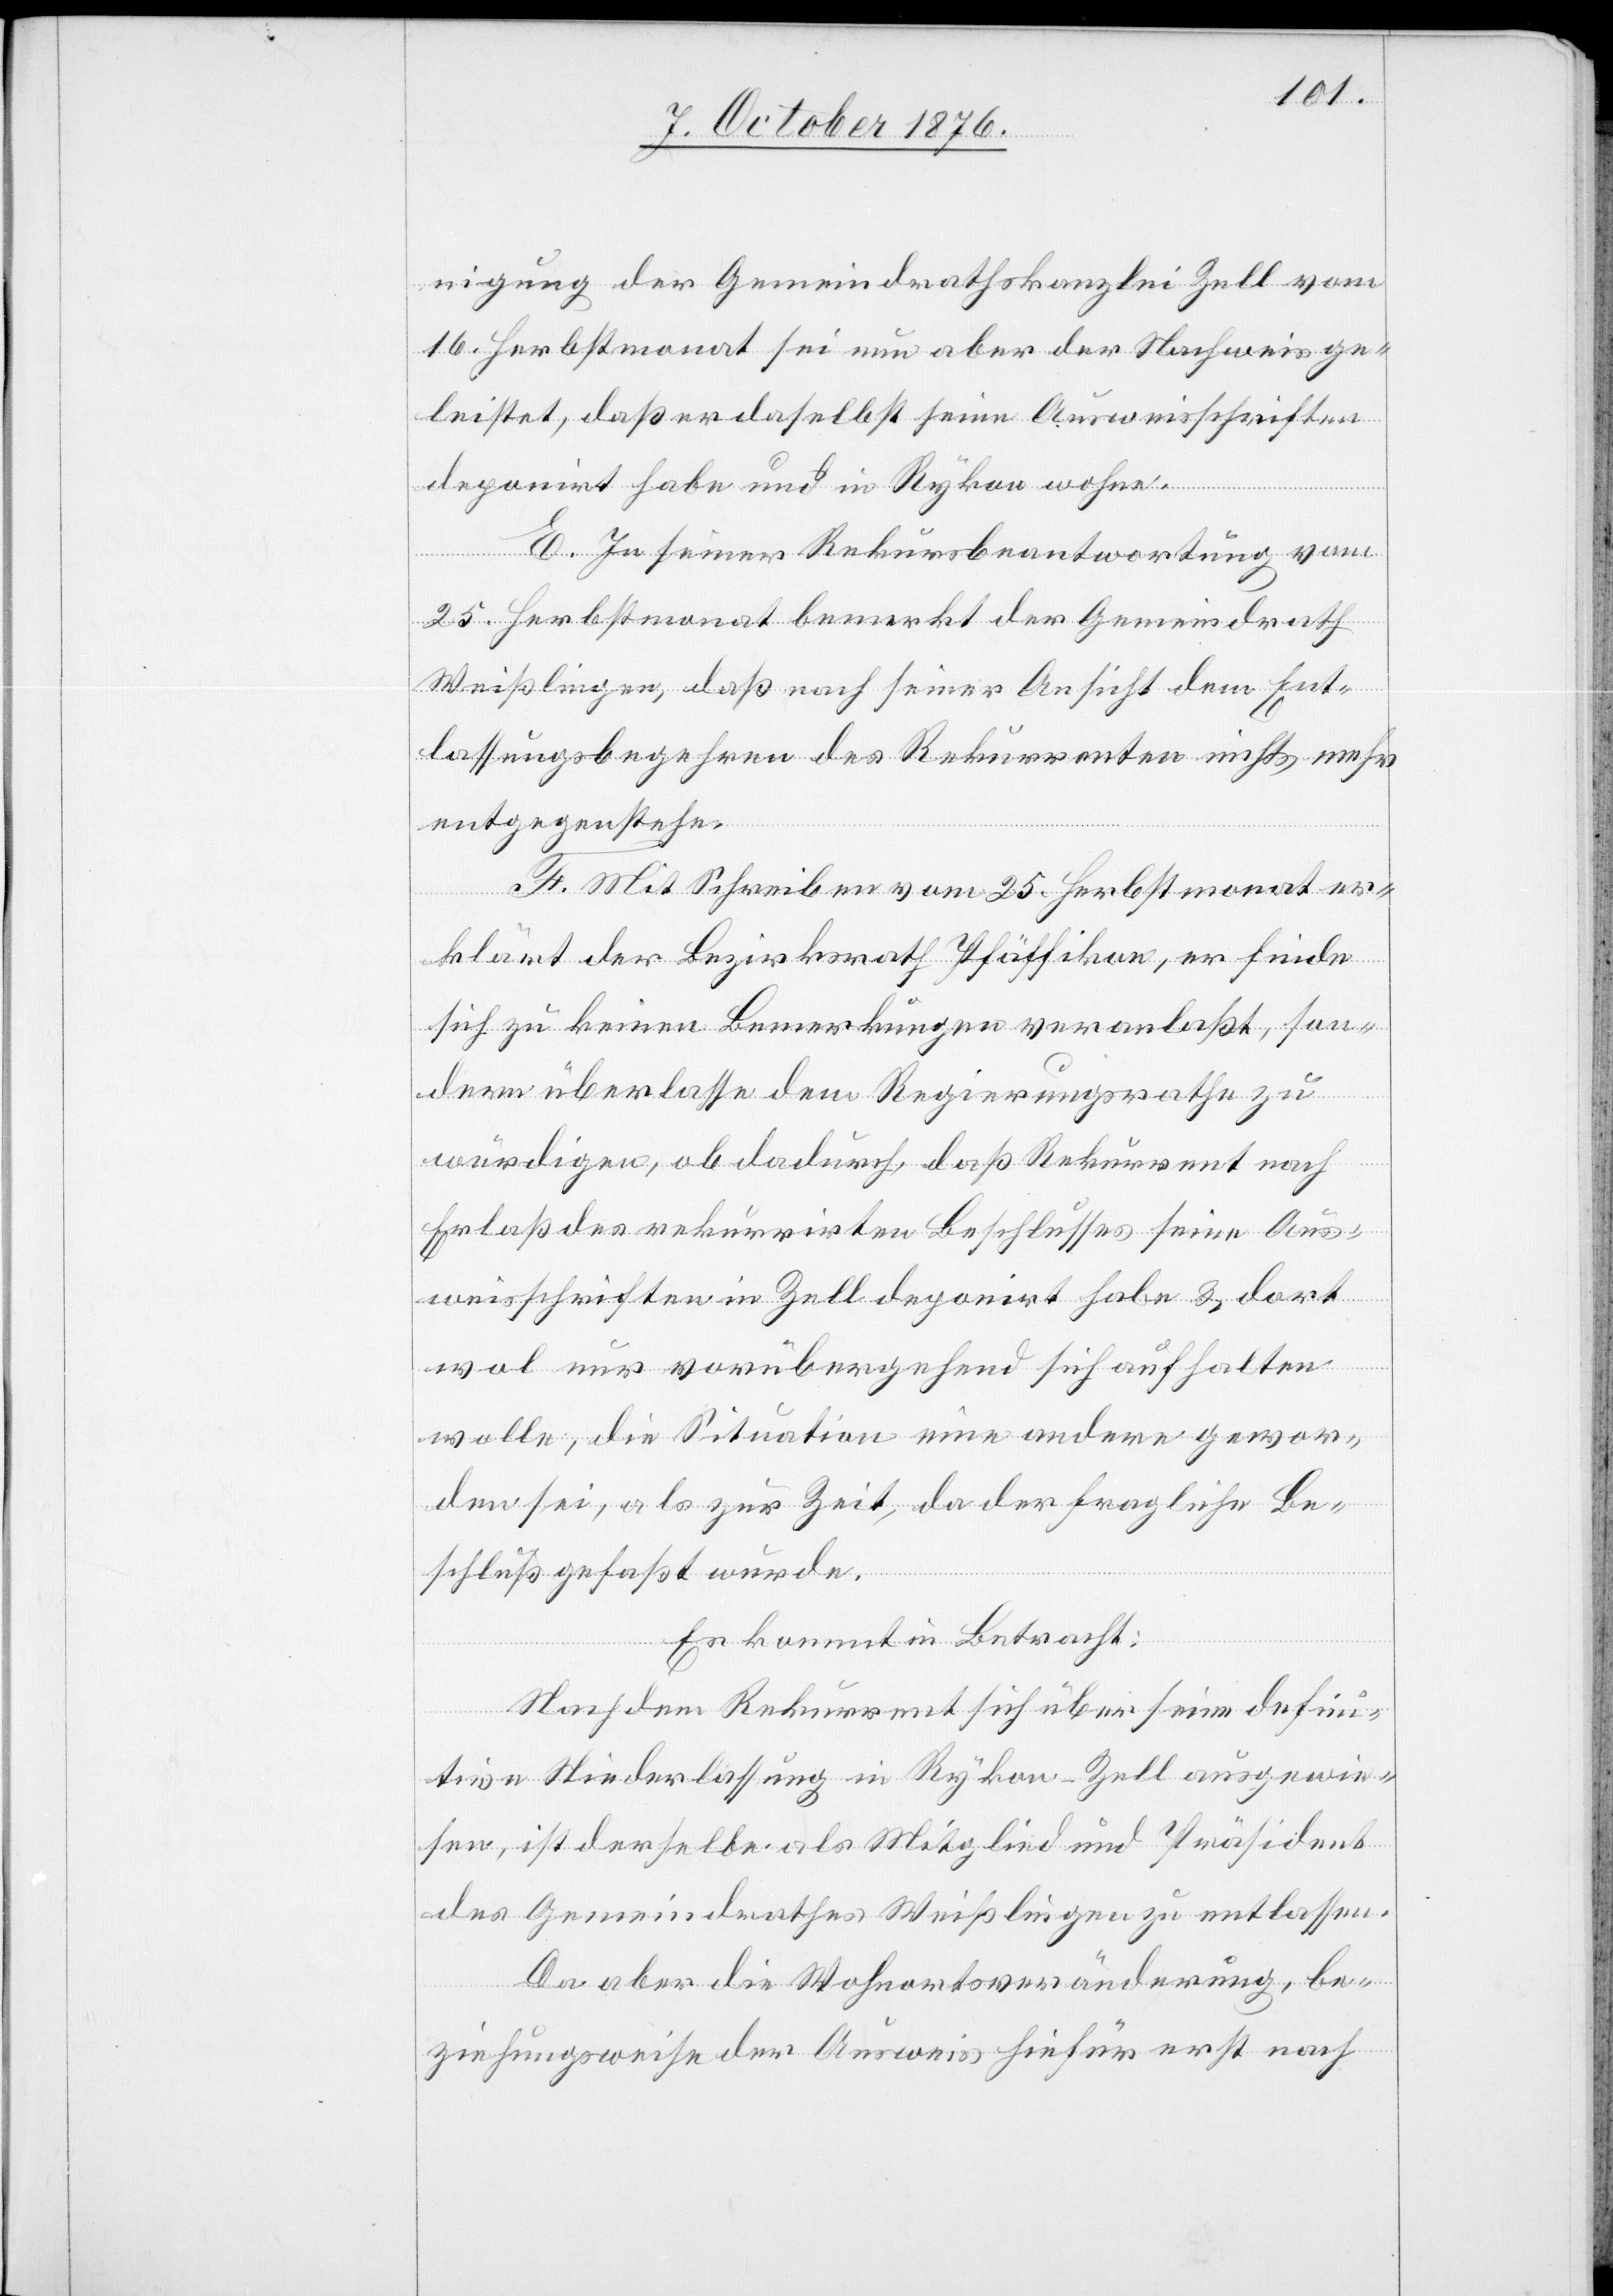
nigung der Gemeindrathskanzlei Zell vom
16. Herbstmonat sei nun aber der Nachweis ge¬
leistet, daß er daselbst seine Ausweisschriften
deponirt habe und in Rykon wohne.
E. In seiner Rekursbeantwortung vom
25. Herbstmonat bemerkt der Gemeindrath
Weißlingen, daß nach seiner Ansicht dem Ent¬
lassungsbegehren des Rekurrenten nichts mehr
entgegenstehe.
F. Mit Schreiben vom 25. Herbstmonat er¬
klärt der Bezirksrath Pfäffikon, er finde
sich zu keinen Bemerkungen veranlaßt, son¬
dern überlasse dem Regierungsrathe zu
würdigen, ob dadurch, daß Rekurrent nach
Erlaß des rekurrirten Beschlusses seine Aus¬
weisschriften in Zell deponirt habe & dort
wol nur vorübergehend sich aufhalten
wolle, die Situation eine andre gewor¬
den sei, als zur Zeit, da der fragliche Be¬
schluß gefaßt wurde.
Es kommt in Betracht:
Nachdem Rekurrent sich über seine defini¬
tive Niederlassung in Rykon-Zell ausgewie¬
sen, ist derselbe als Mitglied und Präsident
des Gemeindrathes Weißlingen zu entlassen.
Da aber die Wohnortsänderung, be¬
ziehungsweise der Ausweis hiefür erst nach